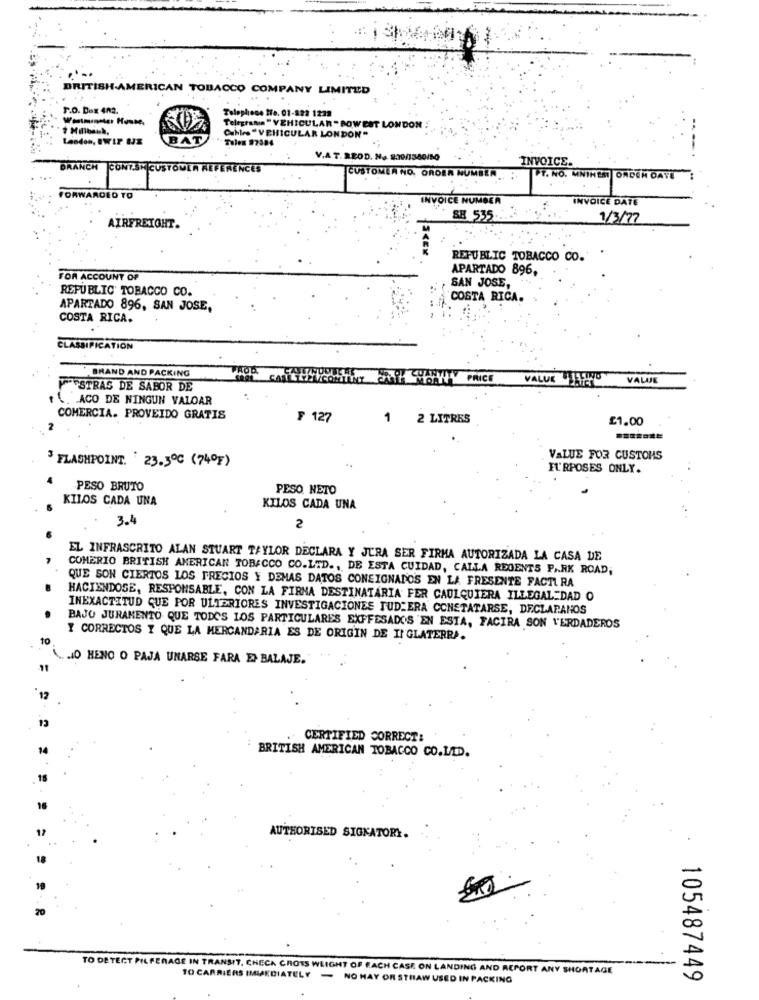
BRITISH AMERICAN TOBACCO COMPANY LIMITED
F.O. Dex 402.
Telephone ffe. 01-822 1229
7 Millbank,
Telegrama " VEHICULAR " BOWEST LONDON
London, BW IP UJE
BAT
Cables "VEHICULAR LONDON"
Tulen 97384
V.A. T. REOD. No 209/1560/50
INVOICE.
BRANCH
CONT.SH CUSTOMER REFERENCES
CUSTOMER NO, ORDER NUMBER
PT. NO. MNIHEST ORDEN DATE
FORWARDED TO
INVOICE NUMBER
INVOICE DATE
SB 535-
1/3/77
AIRFREIGHT.
REPUBLIC TOBACCO CO. .
APARTADO 896,
FOR ACCOUNT OF
SAN JOSE,
REPUBLIC' TOBACCO CO.
COSTA RICA.
APARTADO 896, SAN JOSE,
COSTA RICA.
CLASSIFICATION
BRAND AND PACKING
PROD.
ENY SYYYY PRICE
VALUE TAFINO
VALUE
TFFSTRAS DE SABOR DE
ACO DE NINGUN VALOAR
COMERCIA. PROVEIDO GRATIS
F 127
2 LITRES
£1.00
3 FLASHPOINT. 23.5℃ (74ºF)
VALUE FOR CUSTOMS
FURPOSES ONLY.
PESO BRUTO
PESO NETO
KILOS CADA UNA
KILOS CADA UNA
3.4
2
EL INFRASCRITO ALAN STUART TAYLOR DECLARA Y JURA SER FIRMA AUTORIZADA LA CASA DE
COMERIO BRITISH AMERICAN TOBACCO CO.LTD ., DE ESTA CUIDAD, CALLA REGENTS PARK ROAD,
QUE SON CIERTOS LOS PRECIOS Y DEMAS DATOS CONSIGNADOS EN LA FRESENTE FACTURA
HACIENDOSE, RESPONSABLE, CON LA FIRMA DESTINATARIA FER CAULQUIERA ILLEGAL DAD O
INEXACTITUD QUE POR ULTERIORES INVESTIGACIONES PUDIERA CONSTATARSE, DECLARANOS
BAJO JURAMENTO QUE TODOS LOS PARTICULARES EXFFESADOS EN ESTA, FACIRA SON VERDADEROS
Y CORRECTOS Y QUE LA MERCANDARIA ES DE ORIGIN DE INGLATERRA.
HO HENO O PAJA UNARSE FARA EMBALAJE.
13
CERTIFIED CORRECT:
BRITISH AMERICAN TOBACCO CO.LTD.
17
AUTHORISED SIGNATORY.
70
TO DETECT PILFERAGE IN TRANSIT. CHECA CROSS WEIGHT OF EACH CASE ON LANDING AND REPORT ANY SHORTAGE
TO CARRIERS IMMEDIATELY - NO HAY OR STRAW USED IN PACKING
105487449